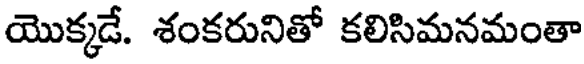
యొక్కడే. శంకరునితో కలిసిమనమంతా